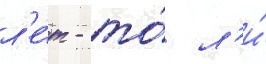
л'е́т - то́ л'и́